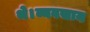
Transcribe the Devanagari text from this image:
थे।व्यवसाय